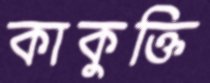
কাকুক্তি